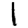
Digit: 1